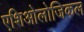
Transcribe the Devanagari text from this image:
एशिओलोजिकल